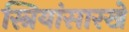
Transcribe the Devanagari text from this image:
स्त्रियांसारखे